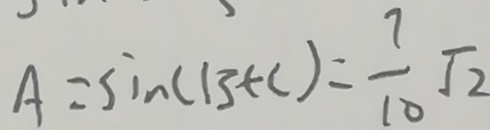
A = \sin ( B + C ) = \frac { 7 } { 1 0 } \sqrt { 2 }